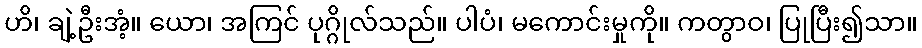
ဟိ၊ ချဲ့ဦးအံ့။ ယော၊ အကြင် ပုဂ္ဂိုလ်သည်။ ပါပံ၊ မကောင်းမှုကို။ ကတွာဝ၊ ပြုပြီး၍သာ။